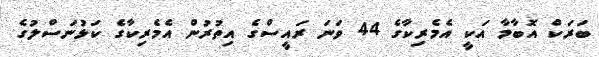
ބަރަކް އޮބާމާ އަކީ އެމެރިކާގެ 44 ވަނަ ރައީސްގެ އިތުރުން އެމެރިކާގެ ކަޅުނަސްލުގެ